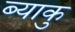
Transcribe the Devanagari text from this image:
ब्याकु